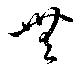
無